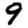
Digit: 9